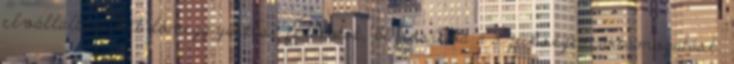
elvállalta a két löveggyártási feladatot, biztosítva a szükséges ártámogatást.